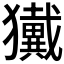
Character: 𱮮